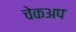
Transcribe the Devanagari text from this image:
चेकअप